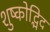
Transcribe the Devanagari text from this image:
शुष्कोद्भिद